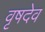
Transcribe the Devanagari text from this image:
वृषदेव